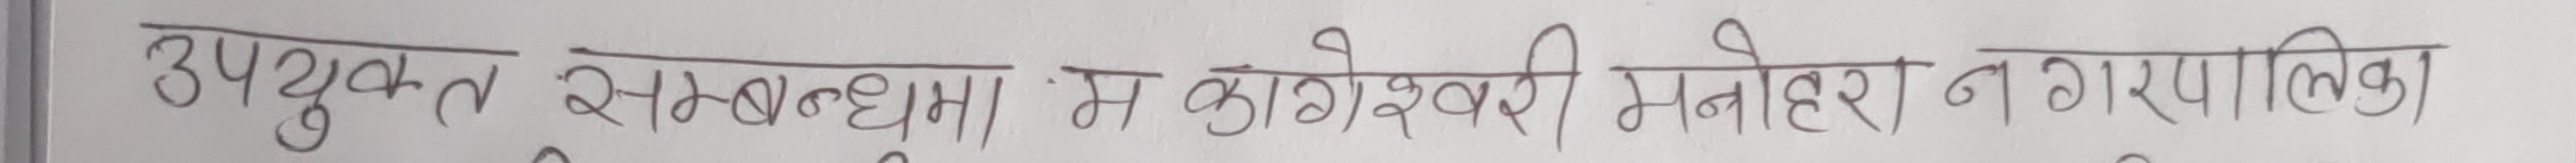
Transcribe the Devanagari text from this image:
उपयुक्त सम्बन्धमा म कागेश्वरी मनोहारा नगरपालिका